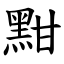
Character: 黚